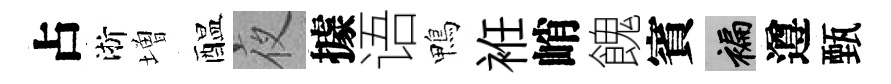
占淅増醖夜據语鴨袵峭餽賓褊遵甄